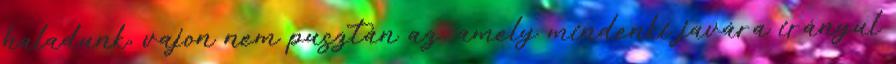
haladunk, vajon nem pusztán az, amely mindenki javára irányul